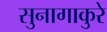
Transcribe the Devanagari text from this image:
सुनागाकुरे